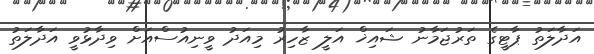
އަދާލަތު ޕާޓީގެ ތަރުޖަމާނު ޝައިޚް އަލީ ޒާހިރު މިއަދު ވީނިއުސްއަށް ވިދާޅުވީ އަދާލަތު